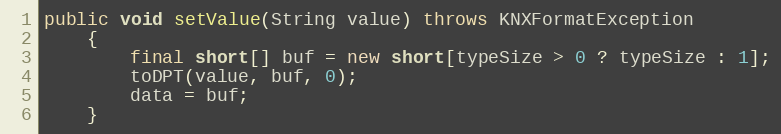
Language: Java
public void setValue(String value) throws KNXFormatException
	{
		final short[] buf = new short[typeSize > 0 ? typeSize : 1];
		toDPT(value, buf, 0);
		data = buf;
	}